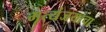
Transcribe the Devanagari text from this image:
मृत्यंजयाचा